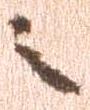
之